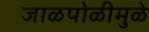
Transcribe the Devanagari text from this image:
जाळपोळीमुळे